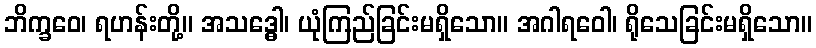
ဘိက္ခဝေ၊ ရဟန်းတို့။ အသဒ္ဓေါ၊ ယုံကြည်ခြင်းမရှိသော။ အဂါရဝေါ၊ ရိုသေခြင်းမရှိသော။